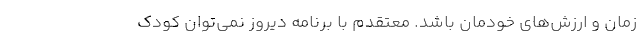
زمان و ارزش‌های خودمان باشد. معتقدم با برنامه دیروز نمی‌توان کودک